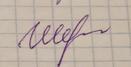
Signature authenticity: genuine